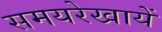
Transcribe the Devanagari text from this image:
समयरेखायें